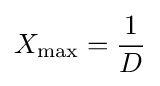
X_{\text{max}}={\frac {1}{D}}